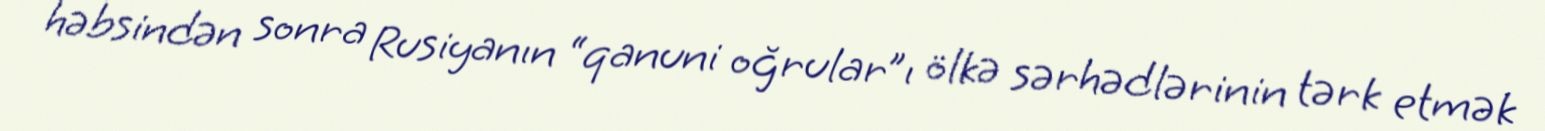
həbsindən sonra Rusiyanın “qanuni oğrular”ı ölkə sərhədlərinin tərk etmək